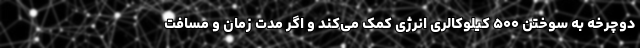
دوچرخه به سوختن ۵۰۰ کیلوکالری انرژی کمک می‌کند و اگر مدت زمان و مسافت